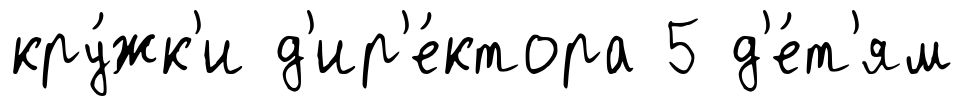
кру́жк'и д'ир'е́ктора 5 д'е́т'ям